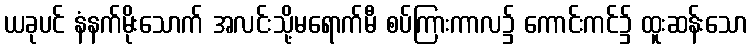
ယခုပင် နံနက်မိုးသောက် အလင်းသို့မရောက်မီ စပ်ကြားကာလ၌ ကောင်းကင်၌ ထူးဆန်းသော